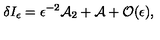
\delta I _ { \epsilon } = \epsilon ^ { - 2 } { \cal A } _ { 2 } + { \cal A } + { \cal O } ( \epsilon ) ,